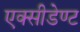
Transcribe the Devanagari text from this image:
एक्सीडेण्ट